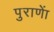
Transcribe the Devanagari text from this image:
पुराणाें